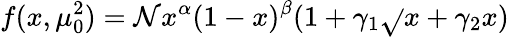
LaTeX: f(x,\mu_{0}^{2})=\mathcal{N}x^{\alpha}(1-x)^{\beta}(1+\gamma_{1}\sqrt{}{{x}}+\gamma_{2}x)\; \;